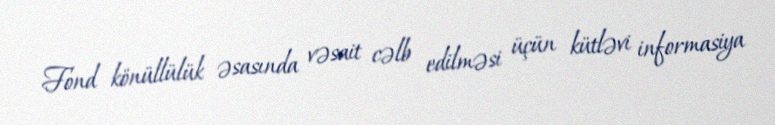
Fond könüllülük əsasında vəsait cəlb edilməsi üçün kütləvi informasiya